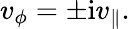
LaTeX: v_{\phi}=\pm\mathrm{i}v_{\parallel}.